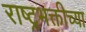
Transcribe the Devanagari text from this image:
राष्ट्रभक्तीच्या